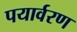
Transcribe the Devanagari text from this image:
पयार्वरण